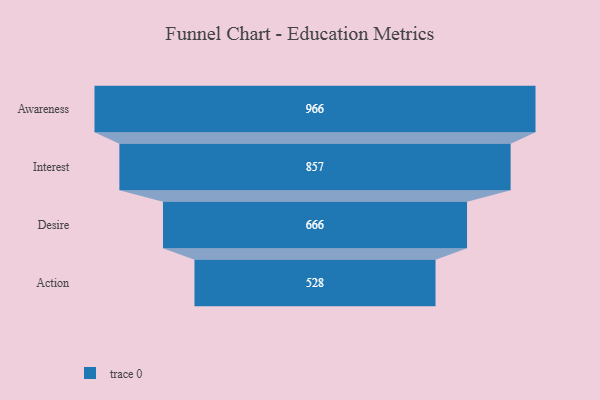
{"axis": {"x": "Stage", "y": "Value"}, "legend": [""], "data": [{"x": "Awareness", "y": 966.0, "type": ""}, {"x": "Interest", "y": 857.0, "type": ""}, {"x": "Desire", "y": 666.0, "type": ""}, {"x": "Action", "y": 528.0, "type": ""}]}